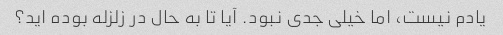
یادم نیست، اما خیلی جدی نبود. آیا تا به حال در زلزله بوده اید؟